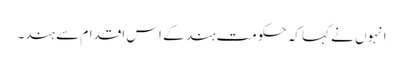
انہوں نے کہا کہ حکومت ہند کے اس اقدام سے ہند۔